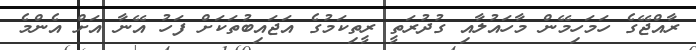
ރާއްޖޭގެ ހަމަހިމޭން މާހައުލާއި ގުދުރަތީ ރީތިކަމުގެ އަޖައިބުތަކަށް ފަހު އޭނާ އަށް އެންމެ